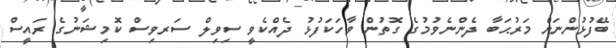
ބޭފުޅުންނަށް މަރުޙަބާ ދެންނެވުމުގެ ގޮތުން ވާހަކަފުޅު ދެއްކެވީ ސިވިލް ސަރވިސް ކޮމިޝަނުގެ ރައީސް